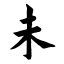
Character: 未